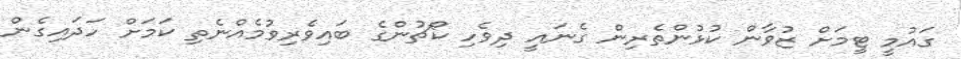
ގައުމީ ޓީމަށް ޒުވާން ކުޅުންތެރިން ގެނައީ ދިވެހި ކޯޗުންގެ ބައިވެރިވުމެއްނެތި ކަމަށް ހަދައިގެން